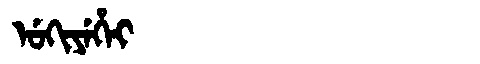
Manchu: ᡠᡴᡳᠶᡝᡥᡝᡳ
Romanization: UKIYEHEI